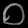
Digit: ၀